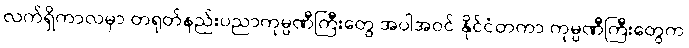
လက်ရှိကာလမှာ တရုတ်နည်းပညာကုမ္ပဏီကြီးတွေ အပါအဝင် နိုင်ငံတကာ ကုမ္ပဏီကြီးတွေက